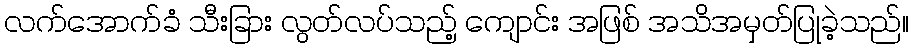
လက်အောက်ခံ သီးခြား လွတ်လပ်သည့် ကျောင်း အဖြစ် အသိအမှတ်ပြုခဲ့သည်။